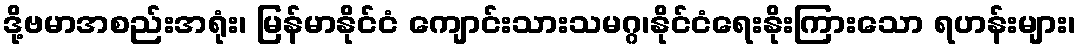
ဒို့ဗမာအစည်းအရုံး၊ မြန်မာနိုင်ငံ ကျောင်းသားသမဂ္ဂ၊နိုင်ငံရေးနိုးကြားသော ရဟန်းများ၊